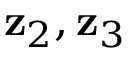
{ \bf z } _ { 2 } , { \bf z } _ { 3 }